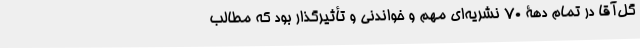
گل‌آقا در تمام دهۀ 70 نشریه‌ای مهم و خواندنی و تأثیر‌گذار بود که مطالب